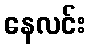
နေလင်း